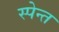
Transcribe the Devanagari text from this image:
स्पेन्त